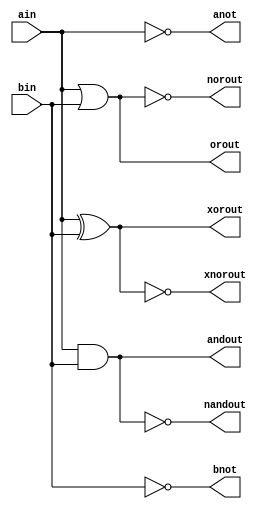
`timescale 1ns / 1ps
//////////////////////////////////////////////////////////////////////////////////
// Company: 
// Engineer: 
// 
// Design Name: 
// Module Name: my_practise
// Project Name: 
// Target Devices: 
// Tool Versions: 
// Description: 
// 
// Dependencies: 
// 
// Revision:
// Revision 0.01 - File Created
// Additional Comments:
// 
//////////////////////////////////////////////////////////////////////////////////


module my_practise(input ain,bin,
output andout,orout,xorout,xnorout,nandout,norout,anot,bnot);
and(andout,ain,bin);
or(orout,ain,bin);
nand(nandout,ain,bin);
nor(norout,ain,bin);
not(anot,ain);
not(bnot,bin);
xor(xorout,ain,bin);
xnor(xnorout,ain,bin);
endmodule